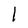
Character: 1